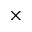
\times